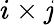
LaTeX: i\times\mathit{j}